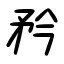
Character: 矜